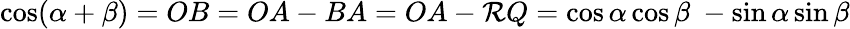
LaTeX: \cos(\alpha+\beta)=OB=OA-BA=OA-\mathcal{R}Q=\cos\alpha\cos\beta\ -\sin\alpha\sin\beta